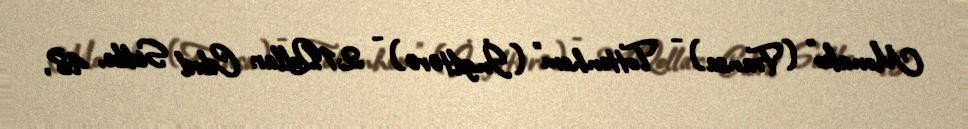
Monako" (Fransa) - "Tottenhem" (İngiltərə) - 2:1Qollar: Cibril Sidibe, 48,